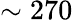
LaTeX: \sim 270